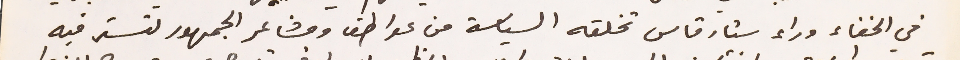
في الخفاء وراء ستار قاس تخلقه السياسة من عواطف ومشاعر الجمهور لتستر فيه